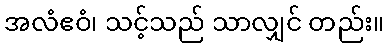
အလံဧဝံ၊ သင့်သည် သာလျှင် တည်း။